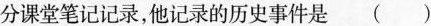
分课堂笔记记录，他记录的历史事件是（）